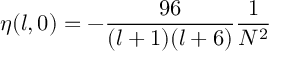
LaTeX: \eta ( l , 0 ) = - \frac { 9 6 } { ( l + 1 ) ( l + 6 ) } \frac { 1 } { N ^ { 2 } }